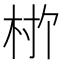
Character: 𬂨